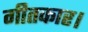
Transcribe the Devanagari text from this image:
गीतकार।